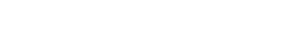
နာတာရှာက ပြန်၍ဖြေလိုက်သည်။